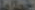
خطاط